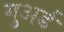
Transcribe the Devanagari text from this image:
गुअर्ड